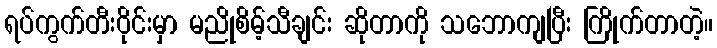
ရပ်ကွက်တီးဝိုင်းမှာ မညိုစိမ့်သီချင်း ဆိုတာကို သဘောကျပြီး ကြိုက်တာတဲ့။